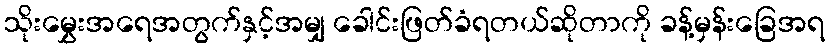
သိုးမွှေးအရေအတွက်နှင့်အမျှ ခေါင်းဖြတ်ခံရတယ်ဆိုတာကို ခန့်မှန်းခြေအရ